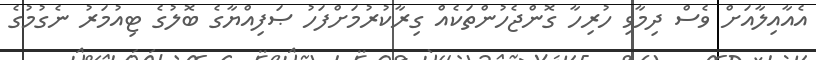
އެއާއިލާއަށް ވެސް ދިމާވި ހުރިހާ ގޮންޖެހުންތަކެއް ގިރާކުރުމަށްފަހު ޞަފިއްޔާގެ ބޮލުގެ ޓިއުމަރު ނެގުމުގެ